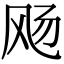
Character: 飏